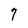
Character: 7